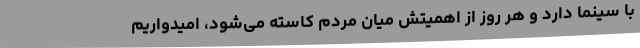
با سینما دارد و هر روز از اهمیتش میان مردم کاسته می‌شود، امیدواریم